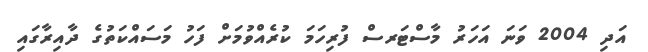
އަދި 2004 ވަނަ އަހަރު މާސްޓަރސް ފުރިހަމަ ކުރެއްވުމަށް ފަހު މަސައްކަތުގެ ދާއިރާގައި